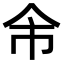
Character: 𠇰